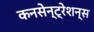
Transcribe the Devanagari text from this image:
कनसेन्ट्रेशन्स